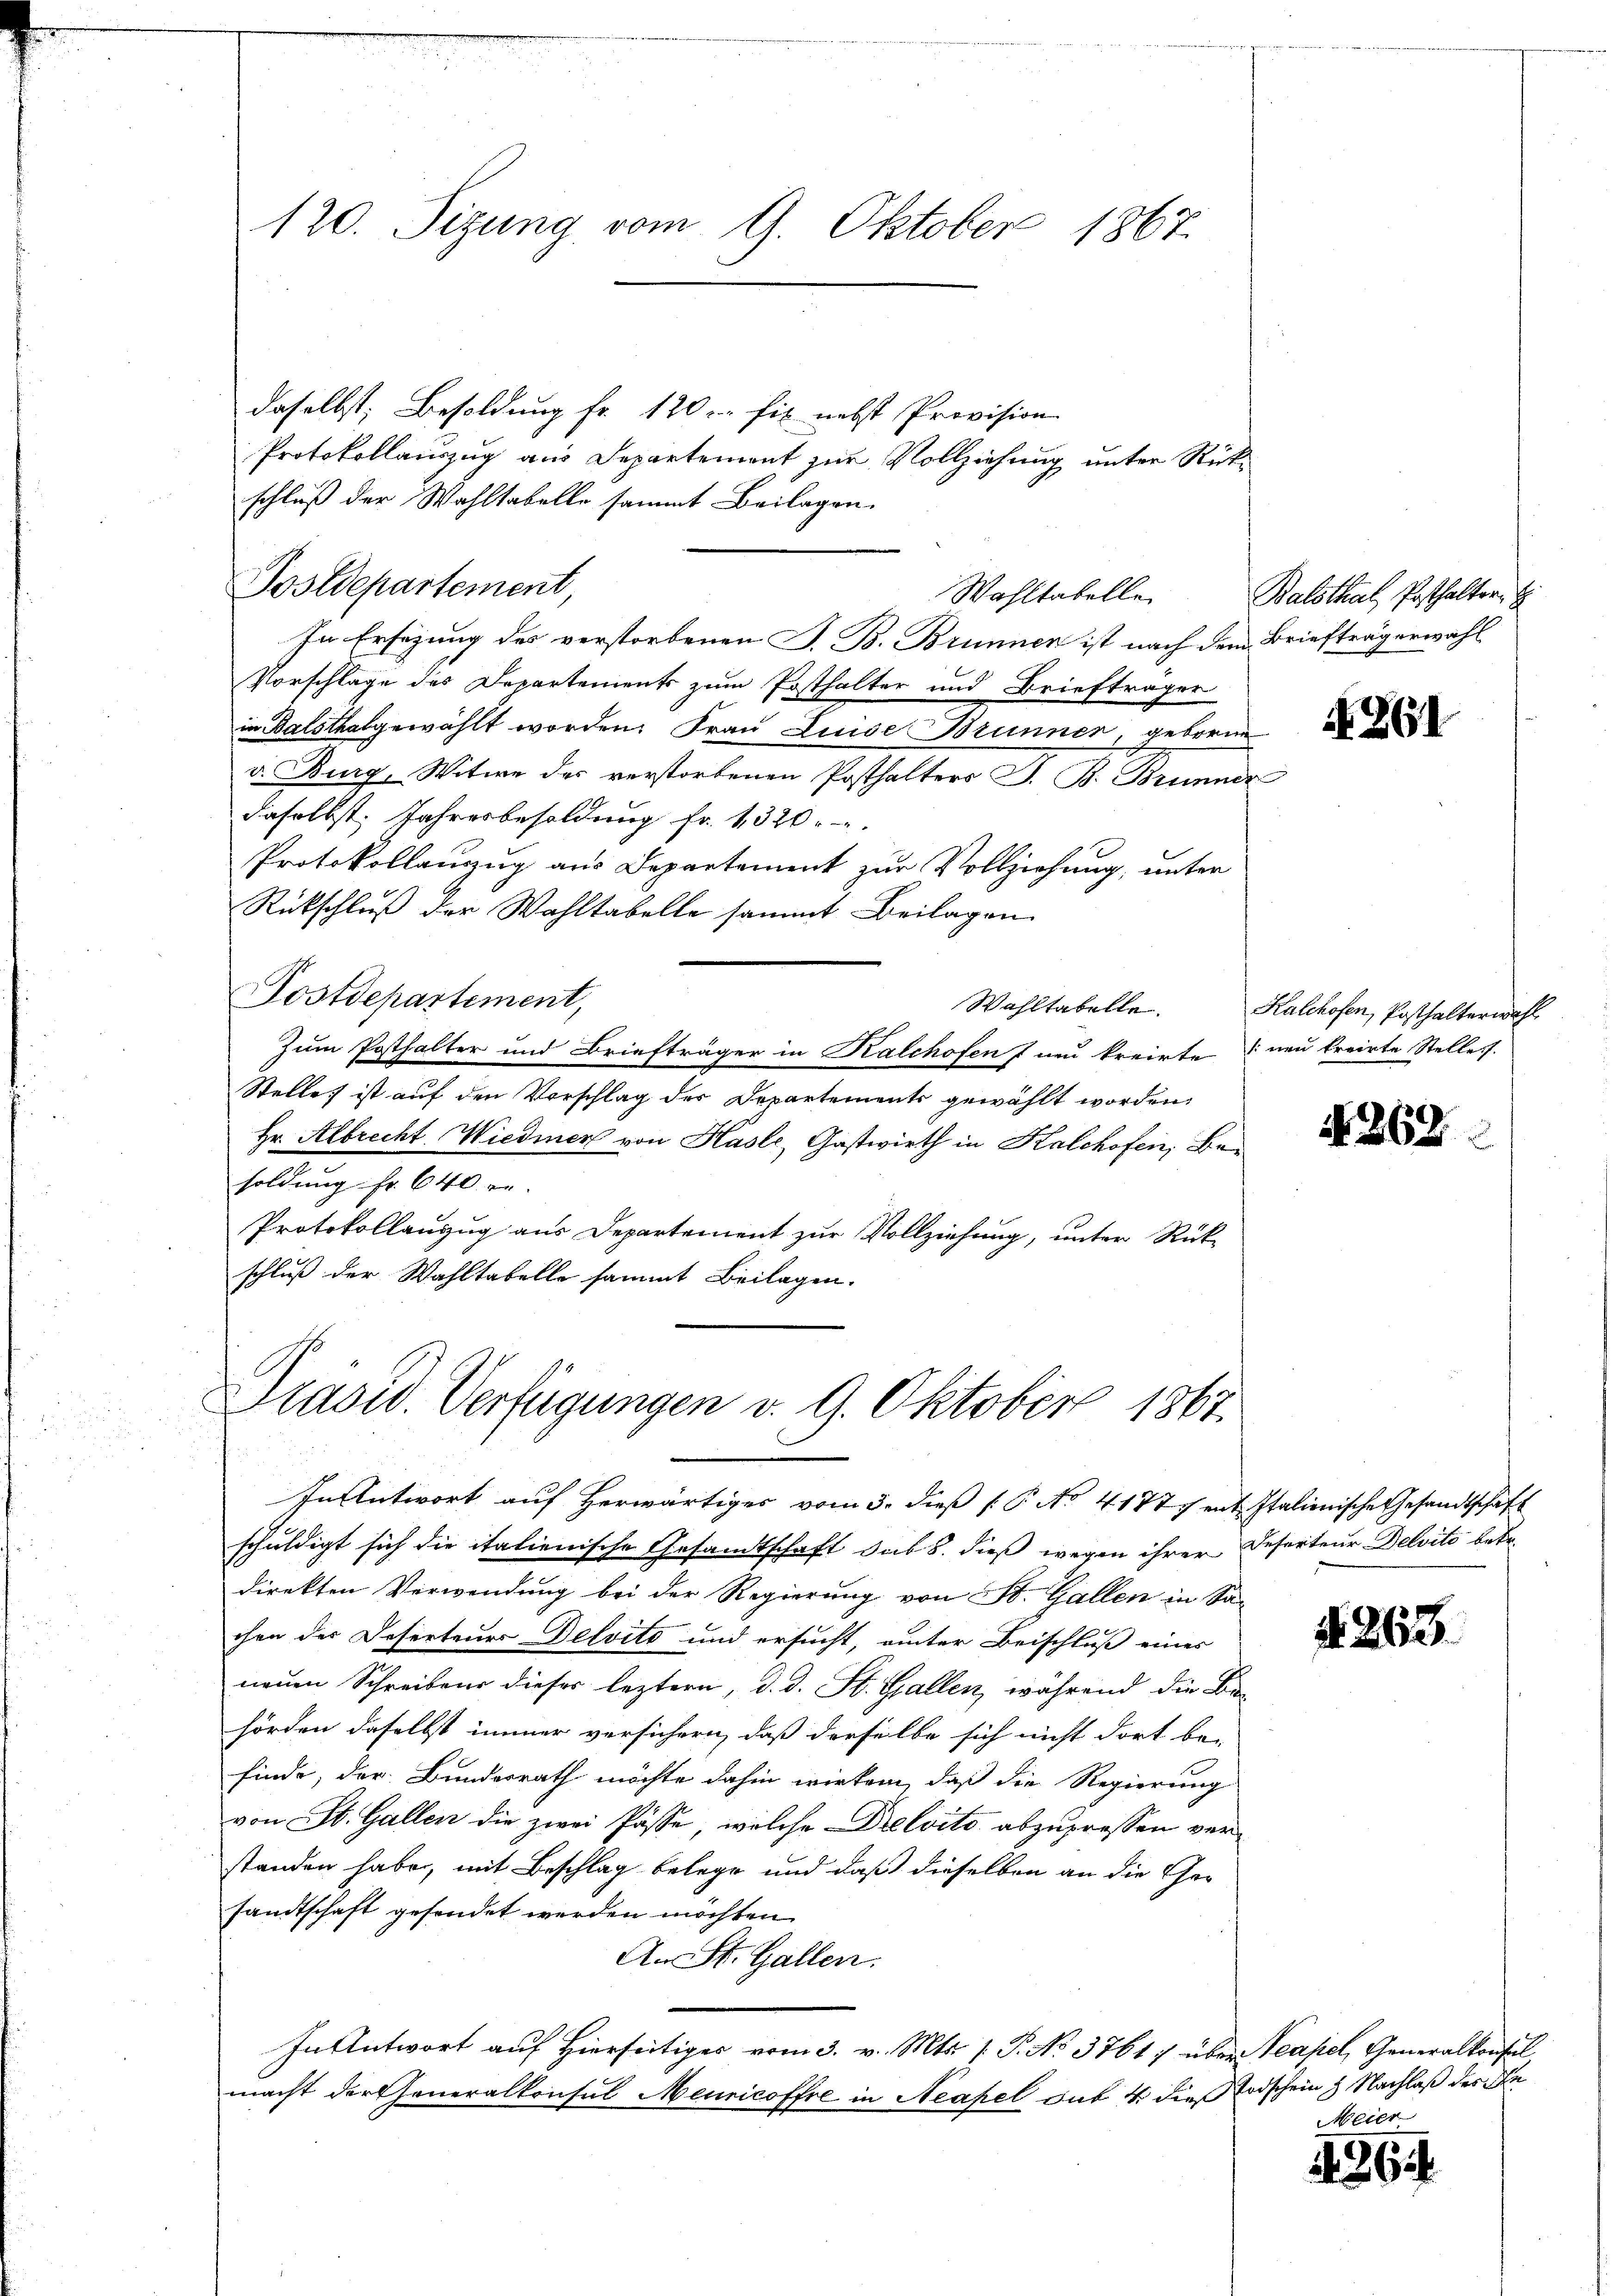
120. Sizung vom 9. Oktober 1867.

daselbst; Besoldung fr. 120 r fix nebst Provision
Protokollauszug aus Departement zur Vollziehung unter Rükschluß der Wahltabelle sammt Beilagen.
Postdepartement,
In Ersezung des verstorbenen S. B. Brunnen ist nach dem Briefträgerwahl
Vorschlage des Departements zum Posthalter und Briefträger
in Balsthalgewählt worden. Frau Luise Brunner, geboren
v. Burg, Witwe des verstorbenen Posthalters J. B. Brunner
daselbst. Jahresbesoldung fr. 1320
Protokollanzug aus Departement zur Vollziehung, unter
Rückschluß der Wahltabelle sammt Beilagen
Postdepartement,
Wahltabelle.
Zum Posthalter und Briefträger in Kalchofen & neu kreirte neu treirte Stelles.
Stelle ist auf den Vorschlag der Departements gewählt worden,
Hr. Albrecht Wiedmer von Hasle, Gastwirth in Kalchofen, Besoldung Fr. 640 r
Protokollanzug aus Departement zur Vollziehung, unter Rück-
schluß der Wahltabelle sammt Beilagen.

Wahltabellen

Präsid. Verfügungen v. 9. Oktober 1867.

In Antwort auf herwärtiges vom 3. dieß (P No 4177 ent Italienische Gesandtschäft
schuldigt sich die italienische Gesandtschaft das 8. dieß wegen ihrer Reserteur Delvito betr.
direkten Verwendung bei der Regierung von St. Gallen in Sa-
chen der Deserteurs Belvito und ersucht, einter Beischluß eines
neuen Schreibens dieser leztern, d. d. St. Gallen, während die Be-
hörden daselbst immer versichern, daß derselbe sich nicht dort be-
finde, der Bundesrath möchte dahin wirken, daß die Regierung
von St. Gallen die zwei Pässe, welche Delvito abzuprossen verstanden habe, mit Beschlag belege und daß dieselben an die Gesandtschaft gesendet werden möchten.
An St. Gallen:
In Antwort auf Hierseitiges vom 3. v. Mts. [ P. No 37617 über Neapel, Generalkonsul,
macht dartheneralkonsul Meuricoffre in Neapel sub 4 dies Erdschein & Nachlaß des In

Balsthal, Posthalter,

N 261

Kalchofen, Posthalterwahl

A 262

A. 263.

Meier

4264